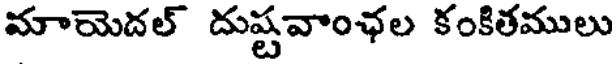
మాయెదల్ దుష్టవాంఛల కంకితములు